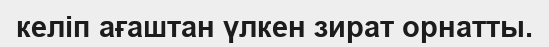
келіп ағаштан үлкен зират орнатты.